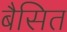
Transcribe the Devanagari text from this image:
बैसित